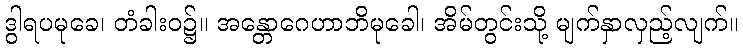
ဒွါရပမုခေ၊ တံခါးဝ၌။ အန္တောဂေဟာဘိမုခေါ၊ အိမ်တွင်းသို့ မျက်နှာလှည့်လျက်။